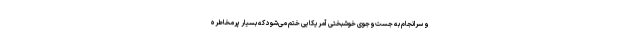
و سرانجام به جست‌وجوی خوشبختی آمریکایی ختم می‌شود که بسیار پرمخاطره